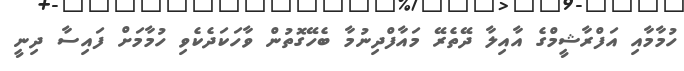
ހުމާމާއި އަފްރާޝީމްގެ އާއިލާ ދޭތެރޭ މައާފްދިނުމާ ބެހޭގޮތުން ވާހަކަދެކެވި ހުމާމަށް ފައިސާ ދިނީ